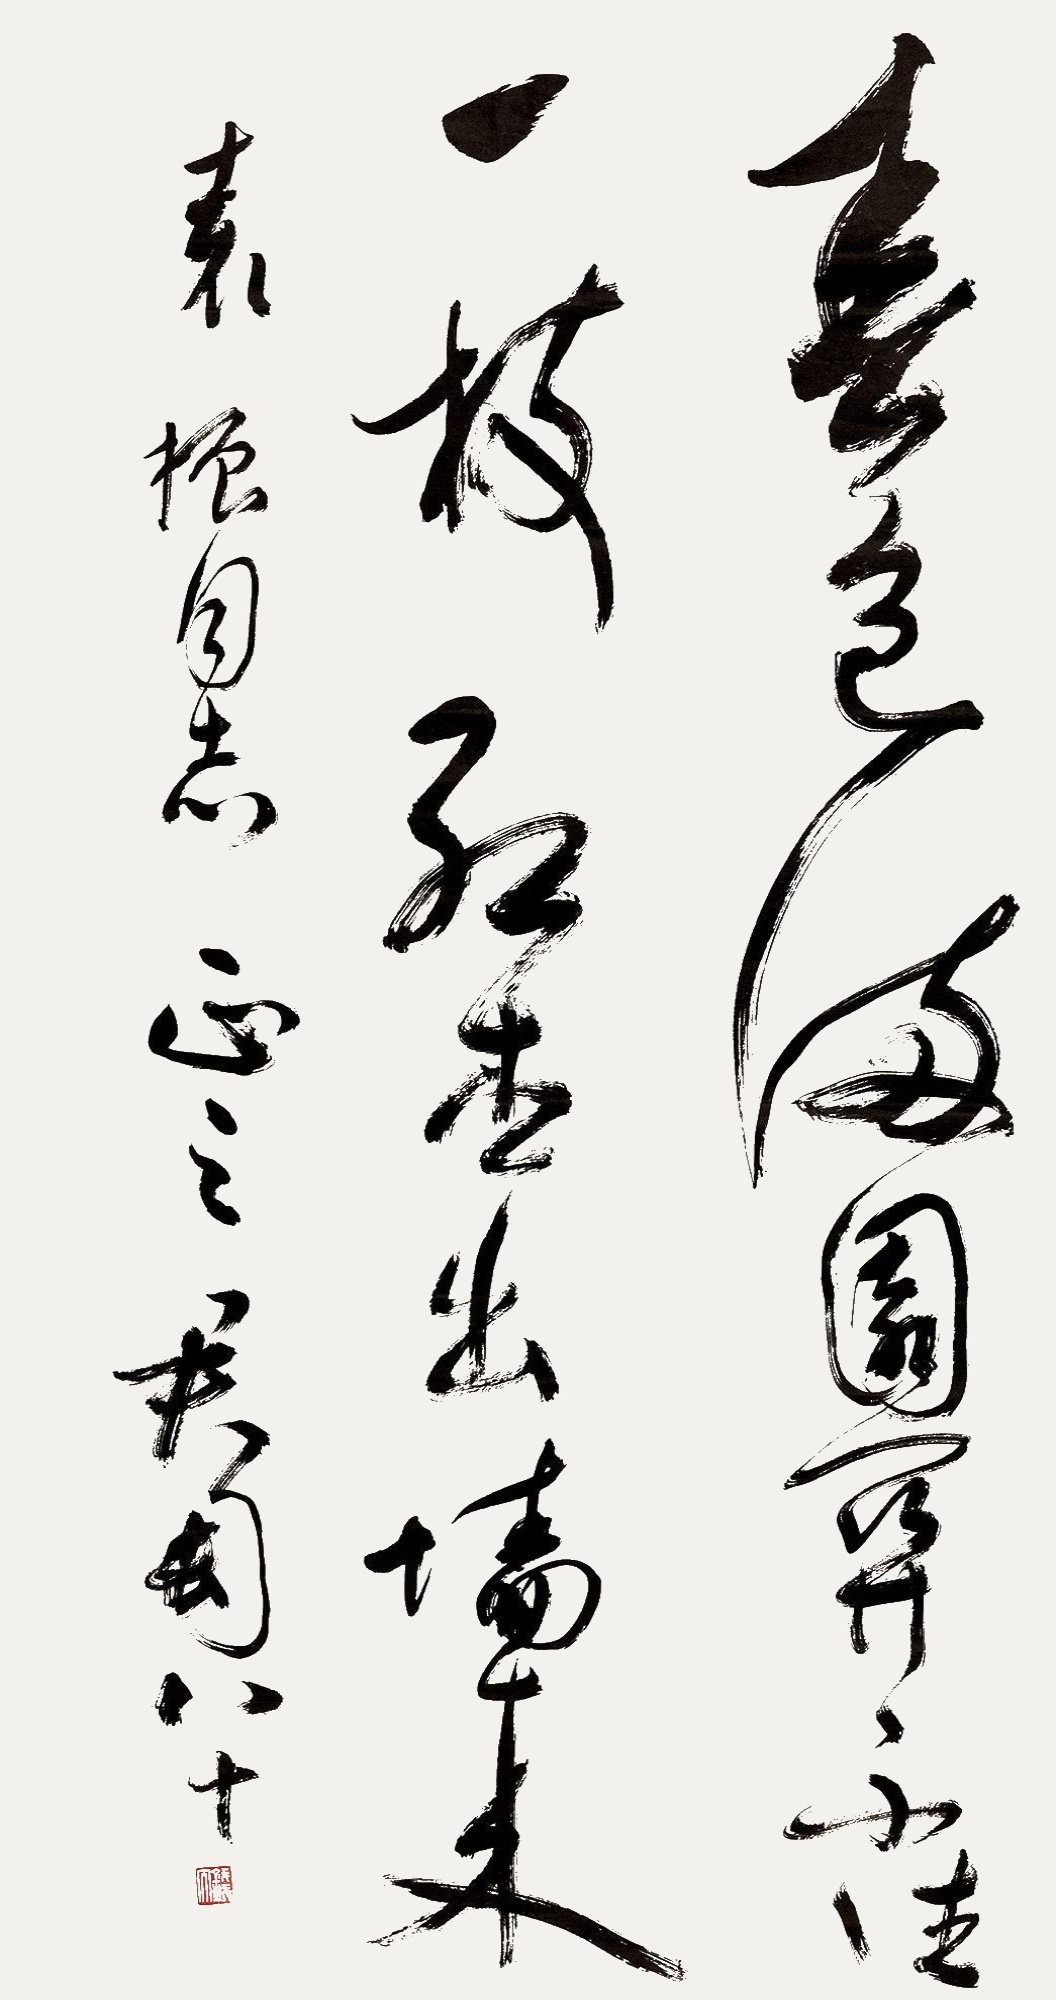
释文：春色满园关不住，一枝红杏出墙来。袁振同志正之。君匋，八十。